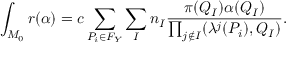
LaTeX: \int _ { M _ { 0 } } r ( \alpha ) = c \sum _ { P _ { i } \in F _ { Y } } \sum _ { I } n _ { I } \frac { \pi ( Q _ { I } ) \alpha ( Q _ { I } ) } { \prod _ { j \notin I } ( \lambda ^ { j } ( P _ { i } ) , Q _ { I } ) } .